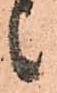
候